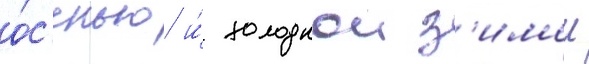
о́с'енью и́ холоднои з'имои